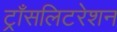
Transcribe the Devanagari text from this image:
ट्राँसलिटरेशन